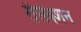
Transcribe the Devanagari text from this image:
रीसेक्शन